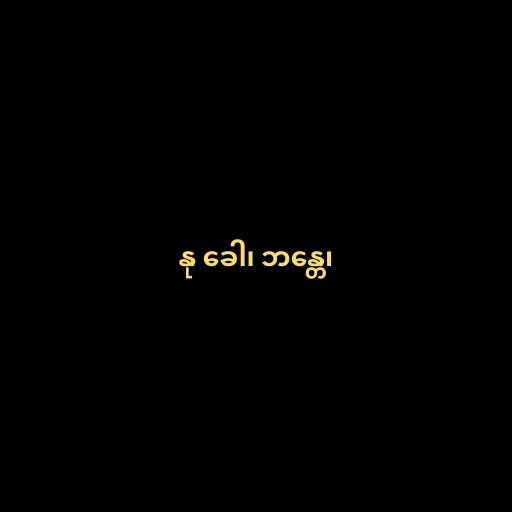
နု ခေါ၊ ဘန္တေ၊